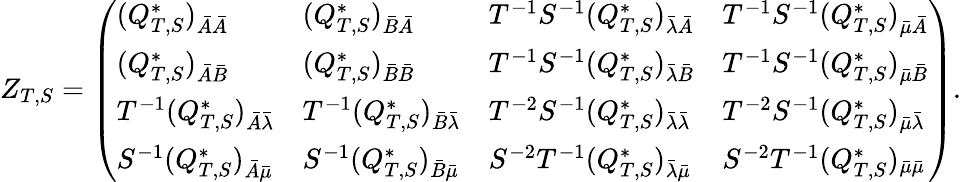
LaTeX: Z_{T,S}=\left(\begin{array}{llll}{(Q_{T,S}^{*})_{\bar{A}\bar{A}}}&{(Q_{T,S}^{*})_{\bar{B}\bar{A}}}&{T^{-1}S^{-1}(Q_{T,S}^{*})_{\bar{\lambda}\bar{A}}}&{T^{-1}S^{-1}(Q_{T,S}^{*})_{\bar{\mu}\bar{A}}}\\ {(Q_{T,S}^{*})_{\bar{A}\bar{B}}}&{(Q_{T,S}^{*})_{\bar{B}\bar{B}}}&{T^{-1}S^{-1}(Q_{T,S}^{*})_{\bar{\lambda}\bar{B}}}&{T^{-1}S^{-1}(Q_{T,S}^{*})_{\bar{\mu}\bar{B}}}\\ {T^{-1}(Q_{T,S}^{*})_{\bar{A}\bar{\lambda}}}&{T^{-1}(Q_{T,S}^{*})_{\bar{B}\bar{\lambda}}}&{T^{-2}S^{-1}(Q_{T,S}^{*})_{\bar{\lambda}\bar{\lambda}}}&{T^{-2}S^{-1}(Q_{T,S}^{*})_{\bar{\mu}\bar{\lambda}}}\\ {S^{-1}(Q_{T,S}^{*})_{\bar{A}\bar{\mu}}}&{S^{-1}(Q_{T,S}^{*})_{\bar{B}\bar{\mu}}}&{S^{-2}T^{-1}(Q_{T,S}^{*})_{\bar{\lambda}\bar{\mu}}}&{S^{-2}T^{-1}(Q_{T,S}^{*})_{\bar{\mu}\bar{\mu}}}\end{array}\right).